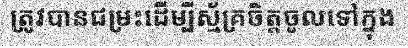
ត្រូវបានជម្រះដើម្បីស្ម័គ្រចិត្តចូលទៅក្នុង